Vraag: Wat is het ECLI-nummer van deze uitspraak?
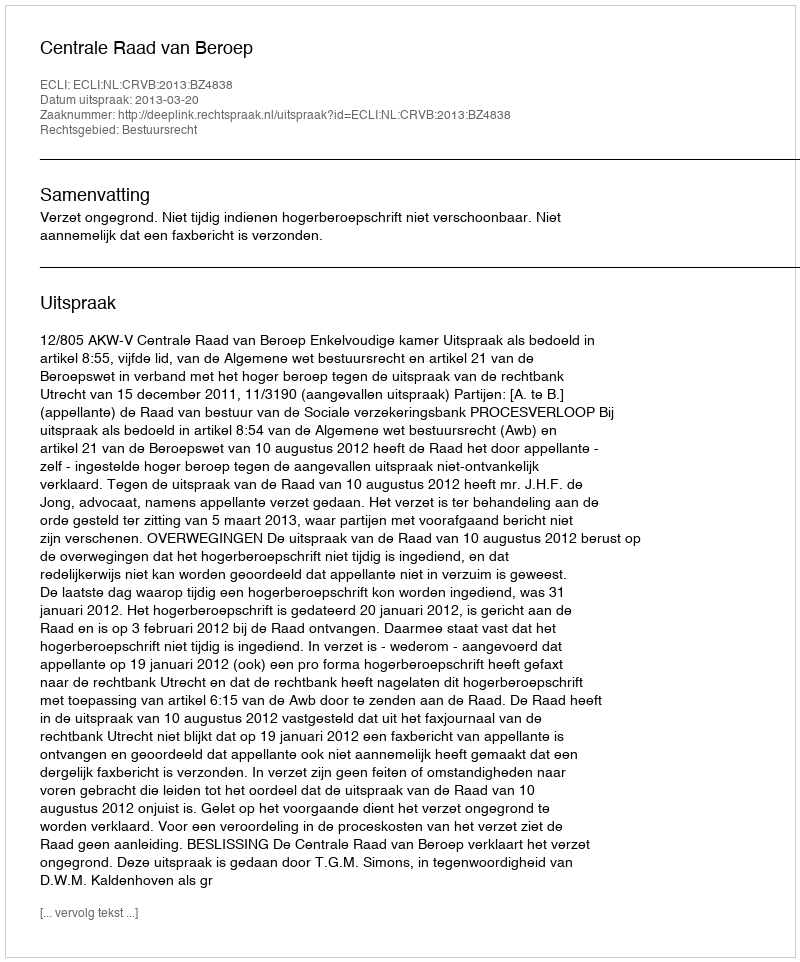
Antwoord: ECLI:NL:CRVB:2013:BZ4838